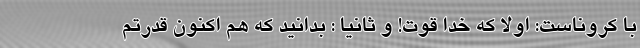
با کروناست: اولاً که خدا قوت! و ثانیاً : بدانید که هم اکنون قدرتم